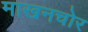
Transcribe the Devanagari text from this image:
माखनचोर